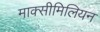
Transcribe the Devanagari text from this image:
माक्सीमिलियन